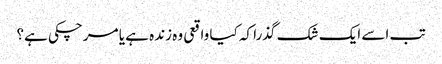
تب اسے ایک شک گذرا کہ کیا واقعی وہ زندہ ہے یا مرچکی ہے؟